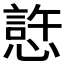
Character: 𰒊